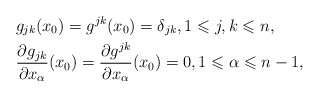
\begin{align*} & g_{jk}(x_0) = g^{jk}(x_0) = \delta_{jk},1 \leqslant j,k \leqslant n, \\ & \frac{\partial g_{jk}}{\partial x_\alpha}(x_0) = \frac{\partial g^{jk}}{\partial x_\alpha}(x_0) = 0, 1 \leqslant \alpha \leqslant n-1,\end{align*}